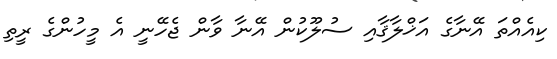
ކިއެއްތަ އޭނާގެ އަޚްލާޤާއި ސުލޫކުން އޭނާ ވާން ޖެހޭނީ އެ މީހުންގެ ރީތި